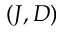
\left( J , D \right)